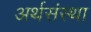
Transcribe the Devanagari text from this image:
अर्थसंस्था